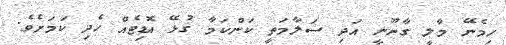
ހިމެނޭ މާލީ ގާނޫނީ އަދި ސަލާމަތީ ކަންކަމާ ގުޅޭ އޮޑިޓެއް ހެދި ކަމަށެވެ.